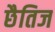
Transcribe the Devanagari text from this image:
छैतिज